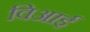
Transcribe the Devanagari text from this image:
विआई